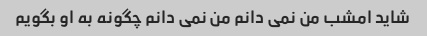
شاید امشب من نمی دانم من نمی دانم چگونه به او بگویم